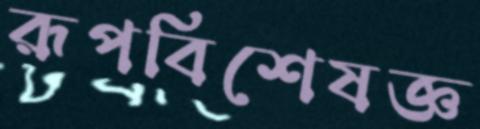
রূপবিশেষজ্ঞ